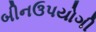
બીનઉપયોગી